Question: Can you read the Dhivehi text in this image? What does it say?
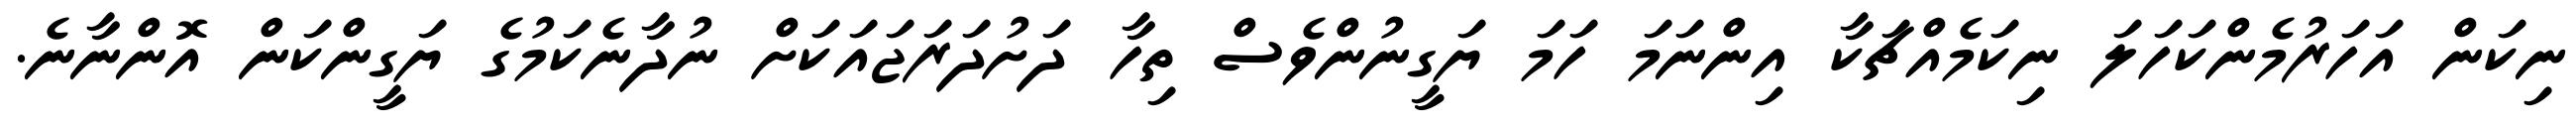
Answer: ނިކަން އަހަރުމެންކަހަލަ ނިކަމެއްޗަކާ އިންނަމަ ހަމަ ޔަގީނުންވެސް ތިހާ ދަށުދަރަޖައަކަށް ނުދާނެކަމުގެ ޔަގީންކަން އޮންނާނެ.